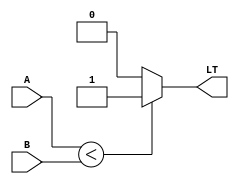
module LessThanComparator (
    input  wire [31:0] A,
    input  wire [31:0] B,
    output reg  LT
);

always @(*) begin
    if (A < B) begin
        LT = 1;
    end else begin
        LT = 0;
    end
end

endmodule